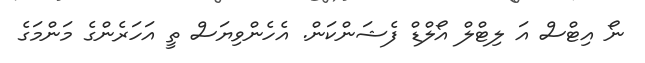
ނޯ އިޓްސް އަ ލިޓްލް އޯލްޑް ފެޝަންކަން. އެހެންވިޔަސް ތީ އަހަރެންގެ މަންމަގެ